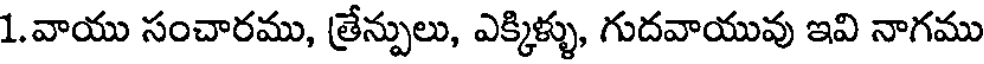
1.వాయు సంచారము, త్రేన్పులు, ఎక్కిళ్ళు, గుదవాయువు ఇవి నాగము